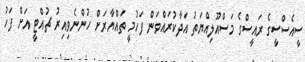
ސީއެސްސީގެ ރައީސްގެ މަސްއޫލިއްޔަތު އަދާކުރައްވަން ފަހުމީ ތައްޔާރަށް ހުންނެވިއިރު ޗުއްޓީ އަށް ފަހު